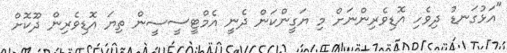
"އަޅުގަނޑު ދިވެހި އޮޑިވެރިންނަށް މި ޔަގީންކަން ދެނީ އެމްޓީސީސީން ތިޔަ އޮޑިވެރިން ދޫކޮށް